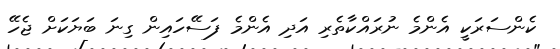
ކެންސަރަކީ އެންމެ ނުރައްކާތެރި އަދި އެންމެ ފަސޭހައިން ގިނަ ބަޔަކަށް ޖެހޭ